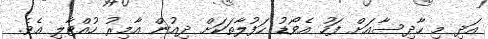
އަދި މި ހާދިސާއަށް ފަހު އެވޯޑު ހަފުލާތަކަށް ދިއުން އާމިރު ހުއްޓާލި އެވެ.